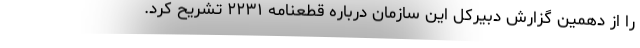
را از دهمین گزارش دبیرکل این سازمان درباره قطعنامه ۲۲۳۱ تشریح کرد.